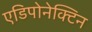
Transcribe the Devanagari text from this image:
एडिपोनेक्टिन